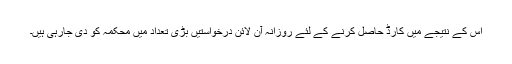
اس کے نتیجے میں کارڈ حاصل کرنے کے لئے روزانہ آن لائن درخواستیں بڑی تعداد میں محکمہ کو دی جارہی ہیں۔